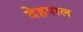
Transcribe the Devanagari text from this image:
देहपाल